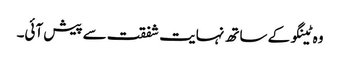
وہ ٹینگو کے ساتھ نہایت شفقت سے پیش آئی۔